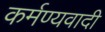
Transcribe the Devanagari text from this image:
कर्मण्यवादी